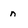
Character: n